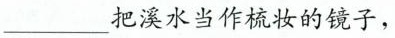
___把溪水当作梳妆的镜子，